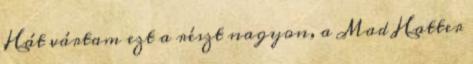
Hát vártam ezt a részt nagyon, a Mad Hatter